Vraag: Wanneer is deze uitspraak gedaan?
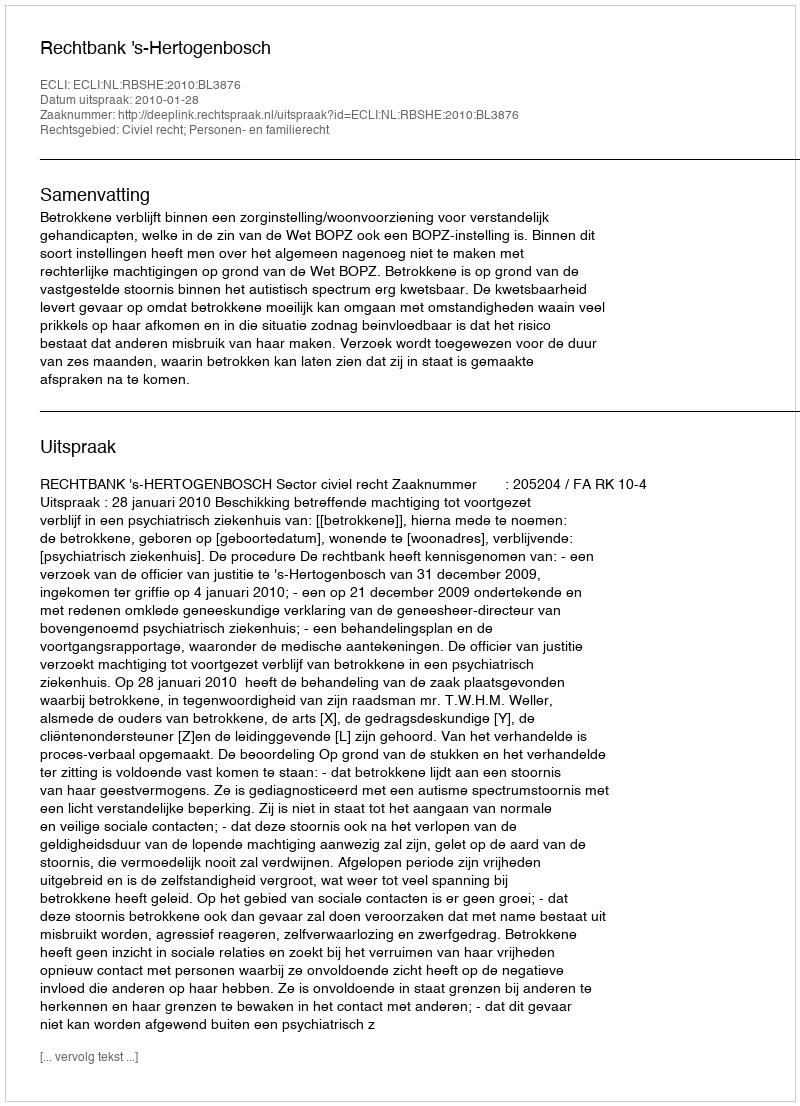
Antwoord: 2010-01-28